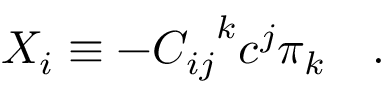
X _ { i } \equiv - { C _ { i j } } ^ { k } c ^ { j } \pi _ { k } \quad .